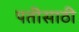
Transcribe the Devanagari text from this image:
पतीसाठी